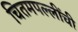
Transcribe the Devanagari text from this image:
चितमपल्लींची